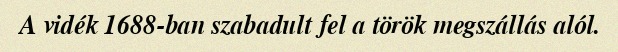
A vidék 1688-ban szabadult fel a török megszállás alól.